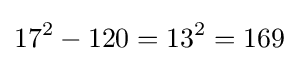
17^{2}-120=13^{2}=169